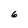
Character: 6